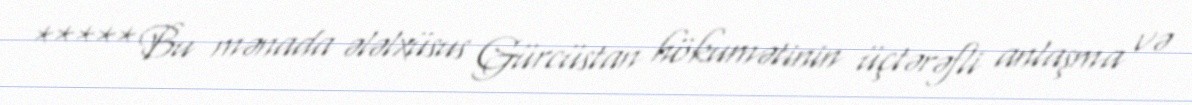
***** Bu mənada ələlxüsus Gürcüstan hökumətinin üçtərəfli anlaşma və